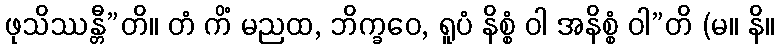
ဖုသိဿန္တီ”တိ။ တံ ကိံ မညထ, ဘိက္ခဝေ, ရူပံ နိစ္စံ ဝါ အနိစ္စံ ဝါ”တိ (မ။ နိ။